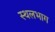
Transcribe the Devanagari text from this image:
स्थलभाग